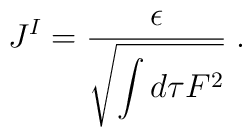
J^I={\epsilon \over \displaystyle\sqrt{\int d\tau F^2}} \; .